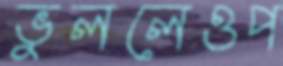
ভুললেওপ